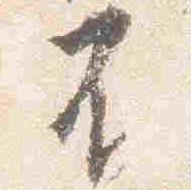
不